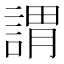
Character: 謂